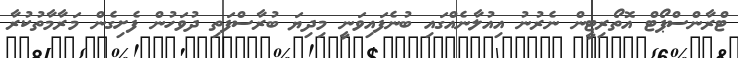
ޓްރާންސްޕޯޓް އޮތޯރިޓީން ނެރުނު އިއުލާނެއްގައި ބުނެފައިވަނީ މިދިޔަ ބުރާސްފަތި ދުވަހުން ފެށިގެން މަރާމާތުކުރާ